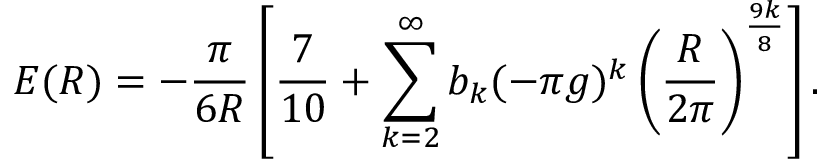
E ( R ) = - \frac { \pi } { 6 R } \left[ { \frac { 7 } { 1 0 } } + \sum _ { k = 2 } ^ { \infty } b _ { k } ( - \pi g ) ^ { k } \left( \frac { R } { 2 \pi } \right) ^ { \frac { 9 k } { 8 } } \right] .